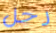
رحل